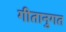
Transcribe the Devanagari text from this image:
गीतानुगत